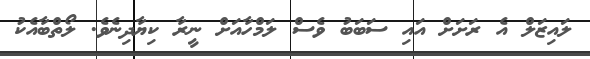
ލައިޒަލް އެ ރަށަށް އައި ސަބަބު ވެސް ލަމްހާއަށް ނީރާ ކިޔާދިނެވެ. ލޯތްބާއެކު